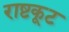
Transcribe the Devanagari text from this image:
राष्टकूट